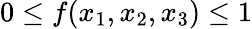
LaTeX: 0\le f(x_{1},x_{2},x_{3})\le 1